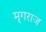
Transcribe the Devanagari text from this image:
मृगराज